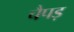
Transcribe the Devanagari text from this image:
चैपड़